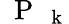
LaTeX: \mathrm{~\mathbf~P~}_{\mathrm{~\mathbf~k~}}